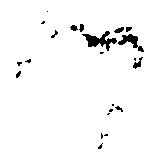
候